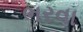
ભરવા